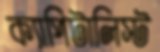
ক্যাপিটালিস্ট